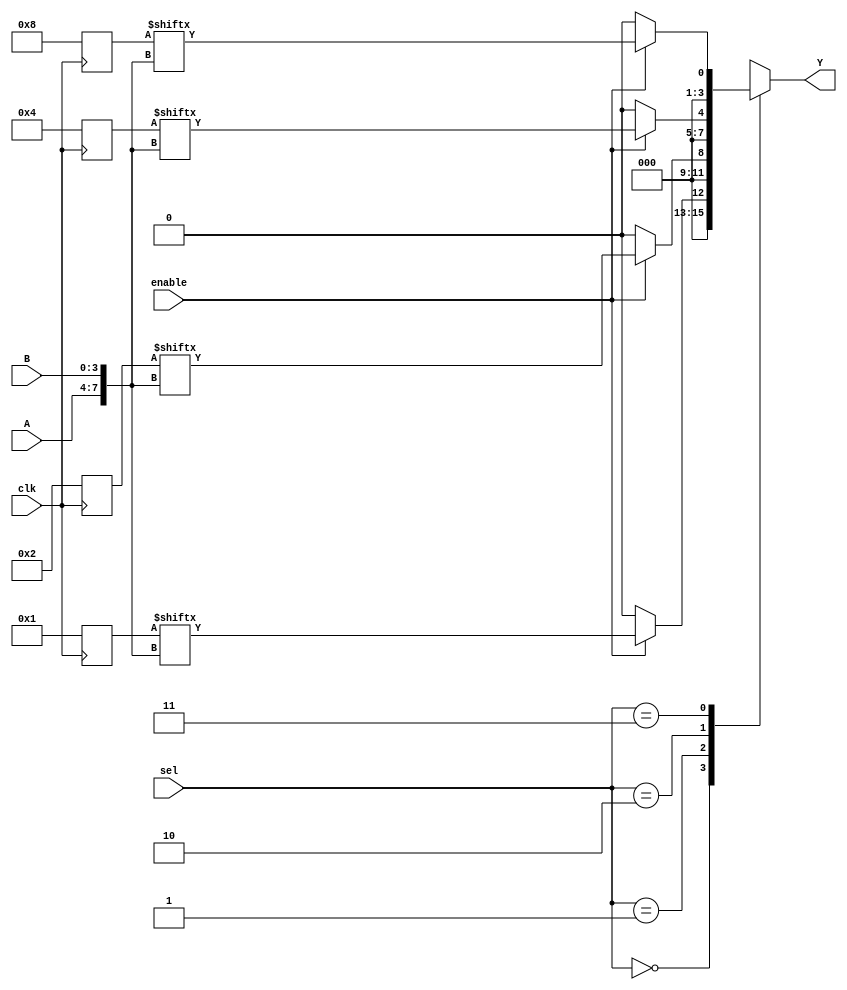
module CLB (
    input wire [3:0] A,          // 4-bit input
    input wire [3:0] B,          // 4-bit input
    input wire [1:0] sel,        // MUX select signal
    input wire enable,           // Enable signal
    input wire clk,              // Clock signal for configuration
    output wire [3:0] Y          // 4-bit output
);

// Configuration registers for LUTs
reg [15:0] lut_config [0:3];   // 4 LUTs, each 16 bits for 4-input functions
reg [3:0] lut_out;              // Outputs from LUTs

// Logic Cells (LUTs)
genvar i;
generate
    for (i = 0; i < 4; i = i + 1) begin : logic_cells
        always @(*) begin
            if (enable) begin
                lut_out[i] = lut_config[i][{A, B}]; // LUT functionality
            end else begin
                lut_out[i] = 1'b0; // Disable output
            end
        end
    end
endgenerate

// Multiplexer to select output from LUTs
always @(*) begin
    case (sel)
        2'b00: Y = {3'b000, lut_out[0]}; // Select output from LUT 0
        2'b01: Y = {3'b000, lut_out[1]}; // Select output from LUT 1
        2'b10: Y = {3'b000, lut_out[2]}; // Select output from LUT 2
        2'b11: Y = {3'b000, lut_out[3]}; // Select output from LUT 3
        default: Y = 4'b0000;            // Default case
    endcase
end

// Configuration logic (for demonstration purposes)
always @(posedge clk) begin
    // Example configuration: Set LUTs to some predefined functions
    lut_config[0] <= 16'b0000000000000001; // Example function for LUT 0
    lut_config[1] <= 16'b0000000000000010; // Example function for LUT 1
    lut_config[2] <= 16'b0000000000000100; // Example function for LUT 2
    lut_config[3] <= 16'b0000000000001000; // Example function for LUT 3
end

endmodule